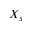
X _ { s }